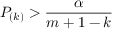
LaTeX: P _ { ( k ) } > { \frac { \alpha } { m + 1 - k } }